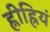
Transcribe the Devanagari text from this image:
ह्रीह्रियं